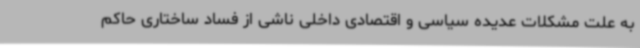
به علت مشکلات عدیده سیاسی و اقتصادی داخلی ناشی از فساد ساختاری حاکم